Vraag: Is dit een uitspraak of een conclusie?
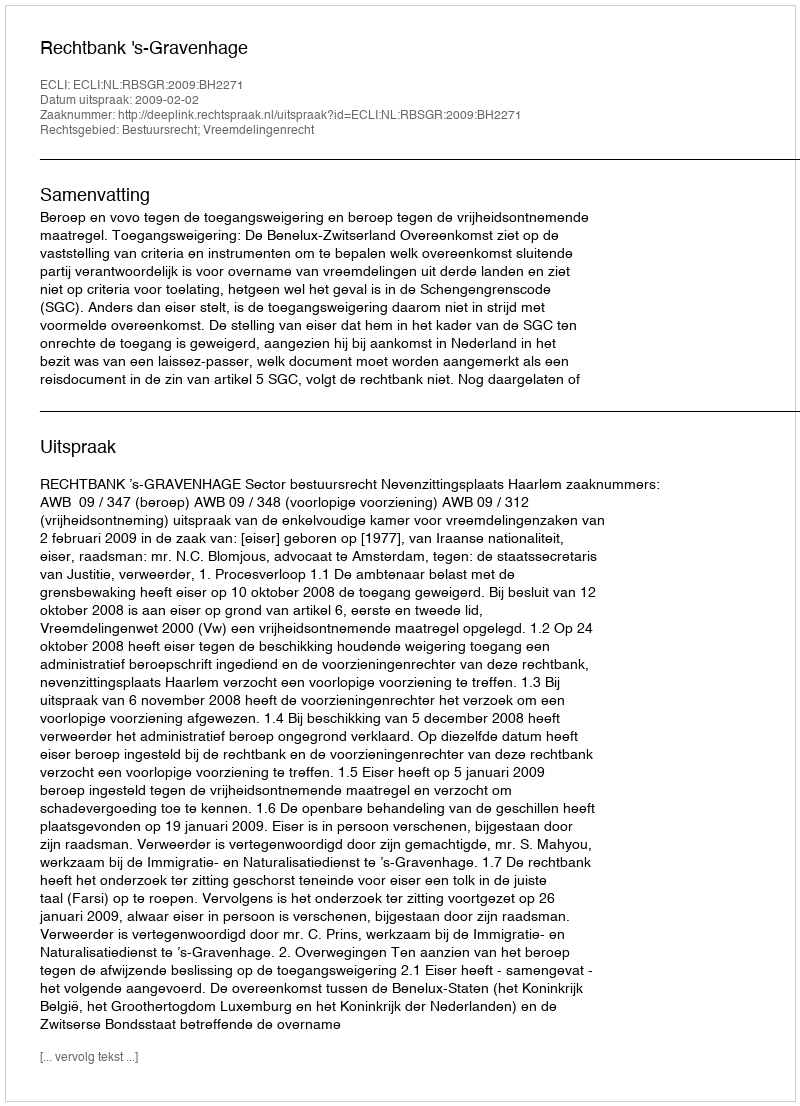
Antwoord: Uitspraak